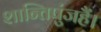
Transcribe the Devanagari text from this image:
शान्तिपुंजहैं।